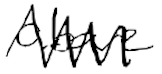
Text: above
Cross-out: zig-zag
Writing tool: digital_black